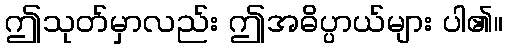
ဤသုတ်မှာလည်း ဤအဓိပ္ပာယ်များ ပါ၏။